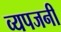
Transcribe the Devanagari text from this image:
व्यपजनी